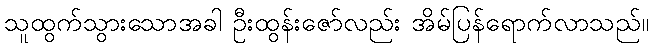
သူထွက်သွားသောအခါ ဦးထွန်းဇော်လည်း အိမ်ပြန်ရောက်လာသည်။